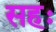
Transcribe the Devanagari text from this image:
सहः